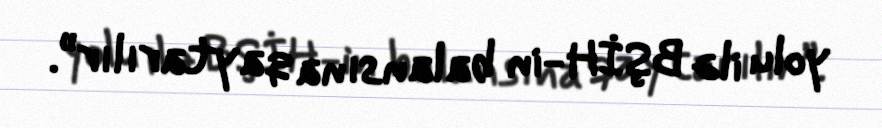
yolu ilə BŞİH-in balansına qaytarılır”.